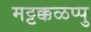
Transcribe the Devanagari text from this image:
मट्टक्कळप्पु